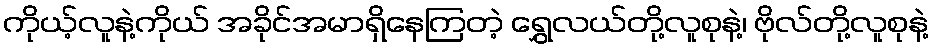
ကိုယ့်လူနဲ့ကိုယ် အခိုင်အမာရှိနေကြတဲ့ ရွှေလယ်တို့လူစုနဲ့၊ ဗိုလ်တို့လူစုနဲ့